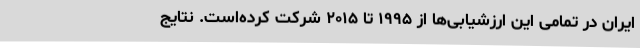
ایران در تمامی این ارزشیابی‌ها از ۱۹۹۵ تا ۲۰۱۵ شرکت کرده‌است. نتایج